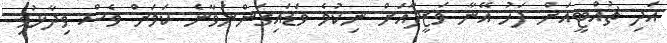
އަދި ޗުއްޓީއަށް ފަހު އޭނާ ވަޒީފާއަށް ނިކުމެ ވަޑައިގަންނަވާނެ ކަމަށް ވެސް ވިދާޅުވި